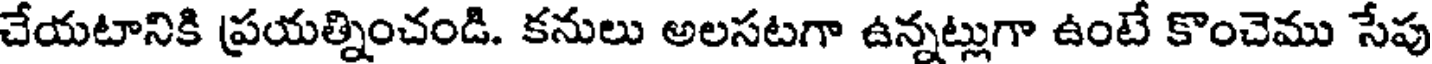
చేయటానికి ప్రయత్నించండి. కనులు అలసటగా ఉన్నట్లుగా ఉంటే కొంచెము సేపు